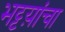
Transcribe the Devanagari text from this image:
भट्टय़ांचा